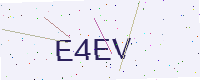
Text: E4EV